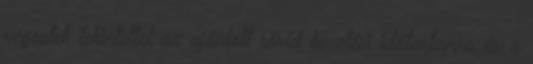
végeztek tekintettel az ajánlott rövid kezelési időtartamra és a